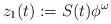
LaTeX: \begin{align*}z_1(t) := S(t) \phi ^{\omega}\end{align*}